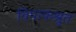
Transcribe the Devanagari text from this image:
विपाकश्रुत